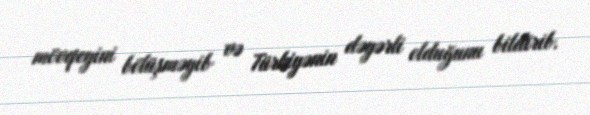
mövqeyini bölüşməyib və Türkiyənin dəyərli olduğunu bildirib.